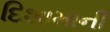
દિશામાની